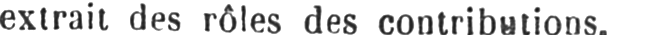
extrait des rôles des contributions.